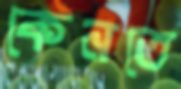
কেনতে